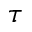
\tau